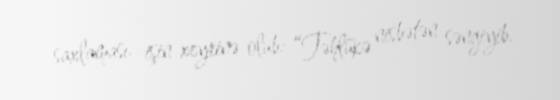
saxlaması işin xeyrinə olub: “Təhlükə nisbətən səngiyib.